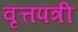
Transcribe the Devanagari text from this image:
वृत्तपत्री